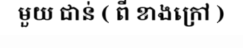
មួយ ជាន់ ( ពី ខាងក្រៅ )